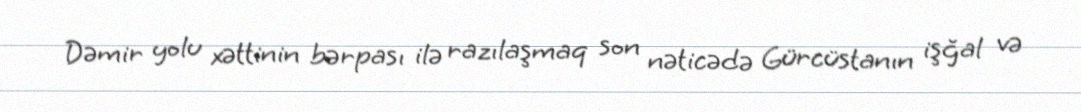
Dəmir yolu xəttinin bərpası ilə razılaşmaq son nəticədə Gürcüstanın işğal və